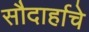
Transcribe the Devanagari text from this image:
सौदार्हाचे